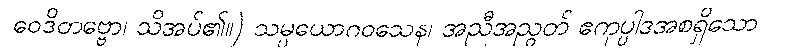
ဝေဒိတဗ္ဗော၊ သိအပ်၏။) သမ္ပယောဂဝသေန၊ အညီအညွတ် ဧကုပ္ပါဒအစရှိသော